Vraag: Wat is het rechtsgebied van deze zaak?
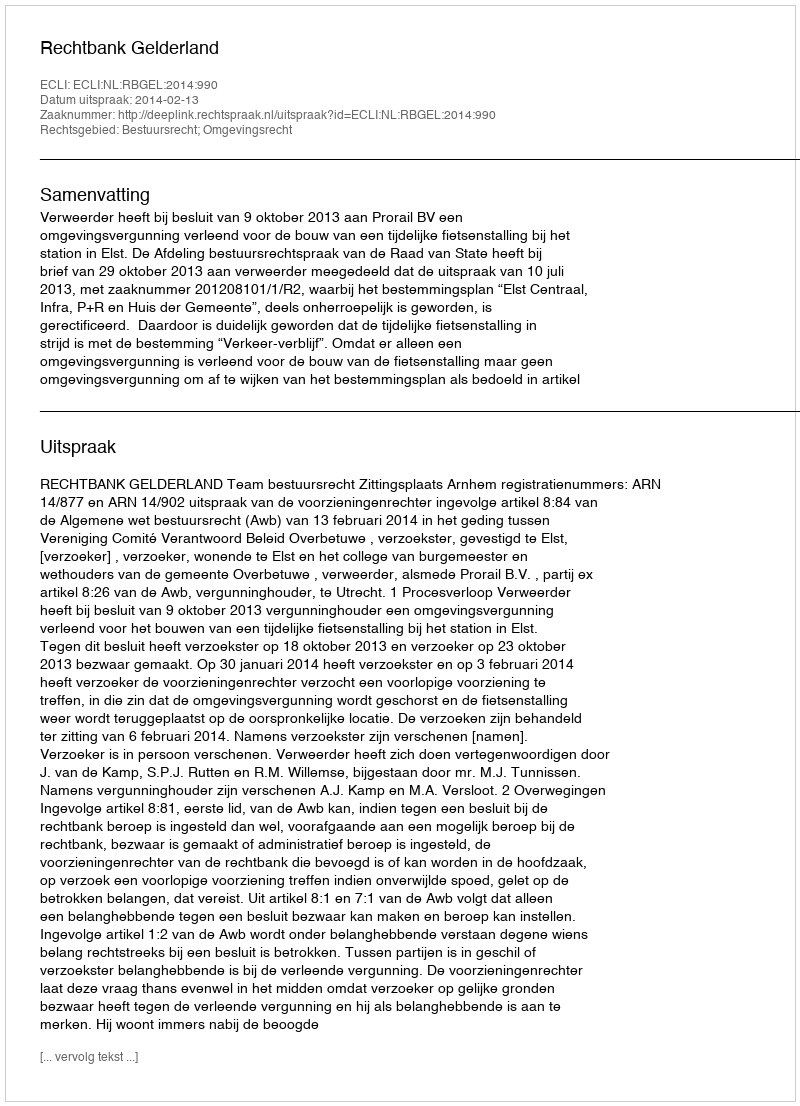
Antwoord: Bestuursrecht; Omgevingsrecht